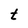
Character: t